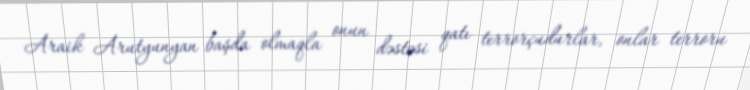
Araik Arutyunyan başda olmaqla onun dəstəsi qatı terrorçudurlar, onlar terroru